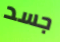
جسد